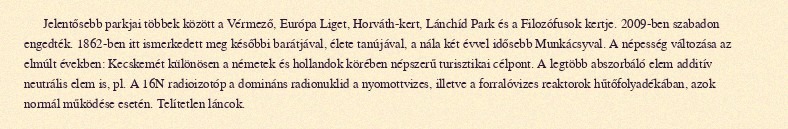
Jelentősebb parkjai többek között a Vérmező, Európa Liget, Horváth-kert, Lánchíd Park és a Filozófusok kertje. 2009-ben szabadon engedték. 1862-ben itt ismerkedett meg későbbi barátjával, élete tanújával, a nála két évvel idősebb Munkácsyval. A népesség változása az elmúlt években: Kecskemét különösen a németek és hollandok körében népszerű turisztikai célpont. A legtöbb abszorbáló elem additív neutrális elem is, pl. A 16N radioizotóp a domináns radionuklid a nyomottvizes, illetve a forralóvizes reaktorok hűtőfolyadékában, azok normál működése esetén. Telítetlen láncok.